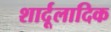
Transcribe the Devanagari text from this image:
शार्दूलादिक